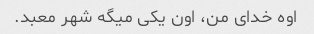
اوه خدای من، اون یکی میگه شهر معبد.